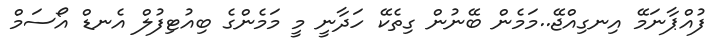
ފުއްޕާނަމޭ އިނގިއްޖޭ..މަމެން ބޭނުން ގިތެކޭ ހަދާނީ މީ މަމެންގެ ބިއުޓިފުލް އެނޑް އޯސަމް